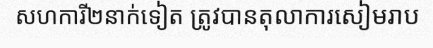
សហការី២នាក់ទៀត ត្រូវបានតុលាការសៀមរាប